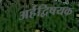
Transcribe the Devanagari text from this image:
अर्हद्विषयक